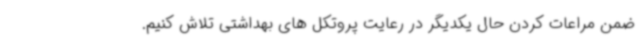
ضمن مراعات کردن حال یکدیگر در رعایت پروتکل های بهداشتی تلاش کنیم.